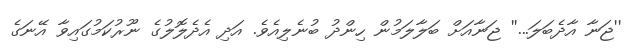
''ޖަނާ އާދެބަލަ...'' ޖަނާއަށް ބަލާލަމުން ހިންދު ބުނެލިއެވެ. އަދި އެދެލޮލުގެ ނޫރުކަމުގައިވާ އޭނަގެ